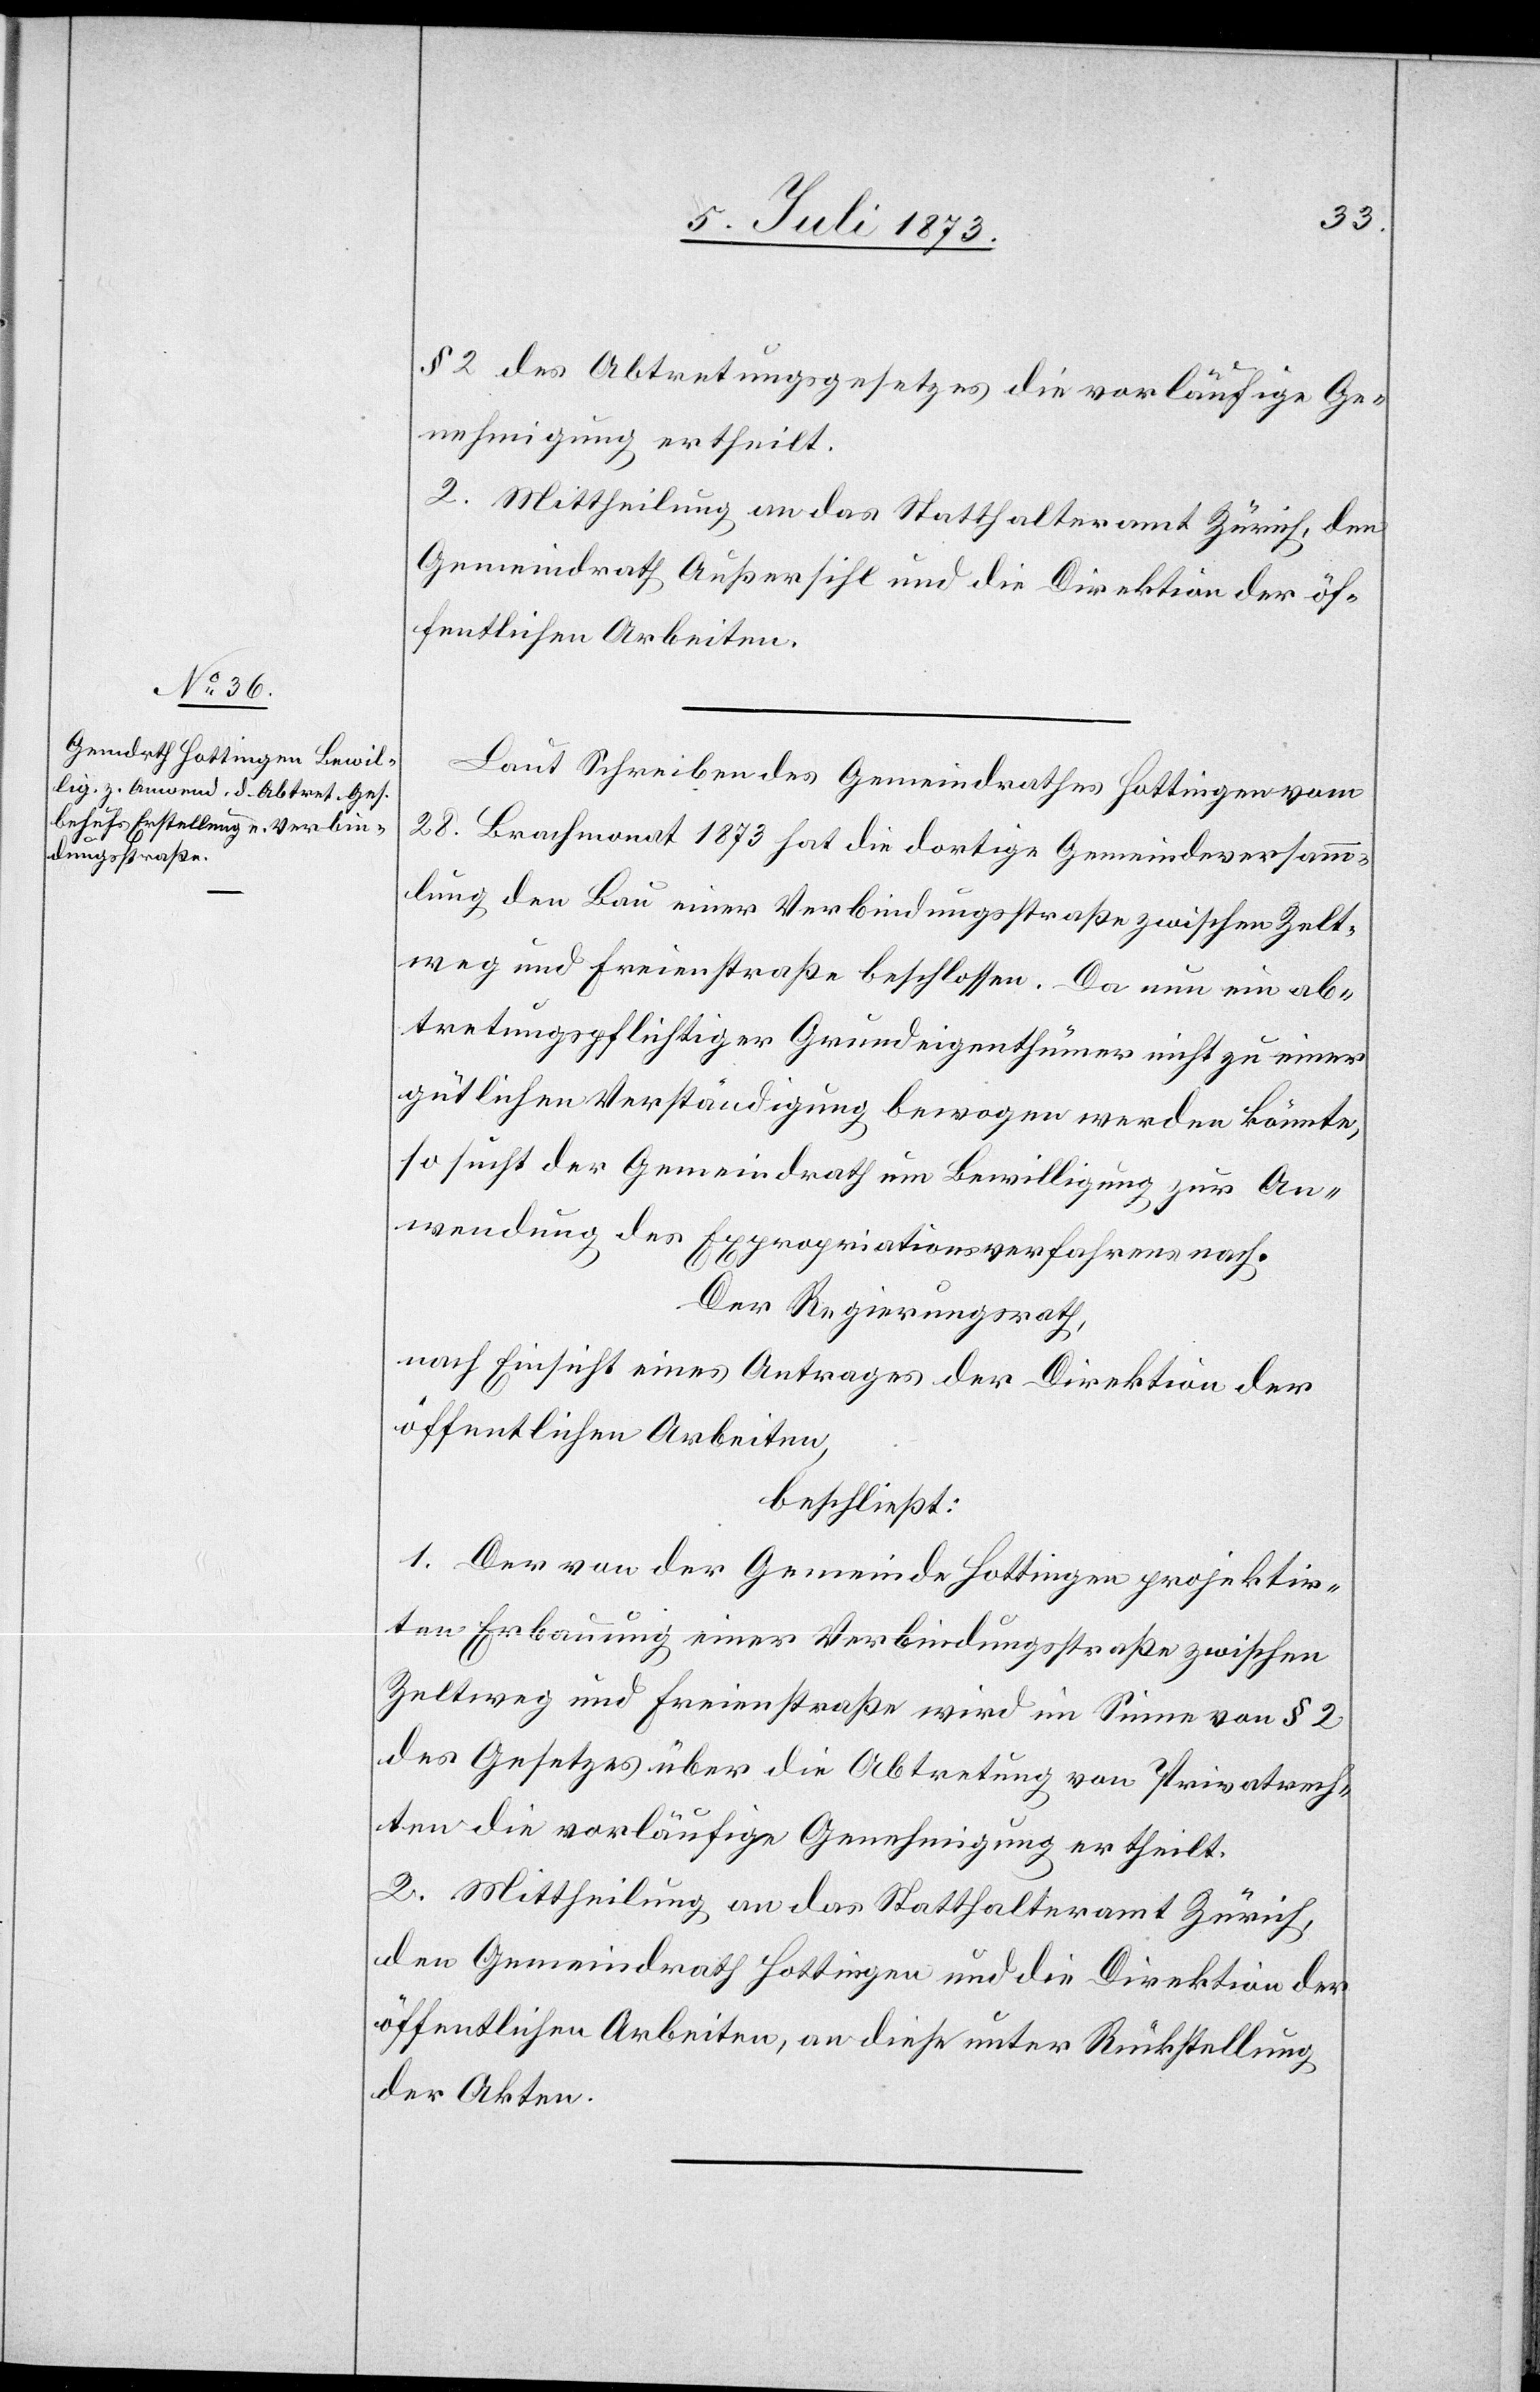
§ 2 des Abtretungsgesetzes die vorläufige Ge¬
nehmigung ertheilt.
2. Mittheilung an das Statthalteramt Zürich, den
Gemeindrath Außersihl und die Direktion der öf¬
fentlichen Arbeiten.
Laut Schreiben des Gemeindrathes Hottingen vom
28. Brachmonat 1873 hat die dortige Gemeindeversamm¬
lung den Bau einer Verbindungsstraße zwischen Zelt¬
weg und Freienstraße beschlossen. Da nun ein ab¬
tretungspflichtiger Grundeigenthümer nicht zu einer
gütlichen Verständigung bewogen werden könnte,
so sucht der Gemeindrath um Bewilligung zur An¬
wendung des Expropriationsverfahrens nach.
Der Regierungsrath,
nach Einsicht eines Antrages der Direktion der
öffentlichen Arbeiten,
beschließt:
1. Der von der Gemeinde Hottingen projektir¬
ten Erbauung einer Verbindungsstraße zwischen
Zeltweg und Freienstraße wird im Sinne von § 2
des Gesetzes über die Abtretung von Privatrech¬
ten die vorläufige Genehmigung ertheilt.
2. Mittheilung an das Statthalteramt Zürich,
den Gemeindrath Hottingen und die Direktion der
öffentlichen Arbeiten, an diese unter Rückstellung
der Akten.